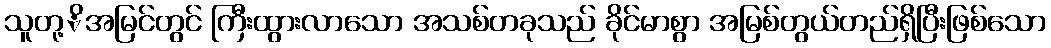
သူတု့ိအမြင်တွင် ကြီးထွားလာသော အသစ်တခုသည် ခိုင်မာစွာ အမြစ်တွယ်တည်ရှိပြီးဖြစ်သော